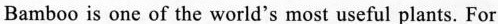
Bamboo is one of the world's most useful plants. For